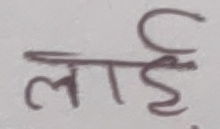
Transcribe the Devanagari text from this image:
लाई